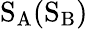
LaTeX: \mathrm{S_{A}(S_{B})}